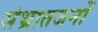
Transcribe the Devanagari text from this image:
संभ्रातजनों